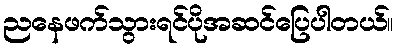
ညနေဖက်သွားရင်ပိုအဆင်ပြေပါတယ်။